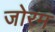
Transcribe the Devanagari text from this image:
जोरम